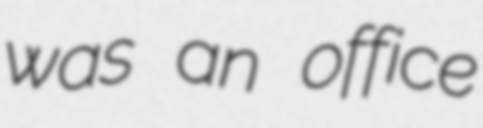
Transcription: was an office